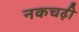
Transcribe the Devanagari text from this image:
नकचढ़ी